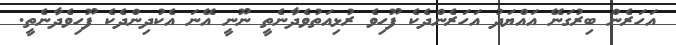
އަހަރެން ބިރުގަނޭ އައްޔަދު އަހަރެންދެކެ ފޫހިވެ ރުޅިއަތުވެދާނެތީ ނޫނީ އޭނަ އެކުދިންދެކެ ފޫހިވެދާނެތީ.